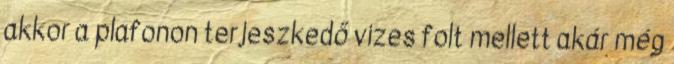
akkor a plafonon terjeszkedő vizes folt mellett akár még